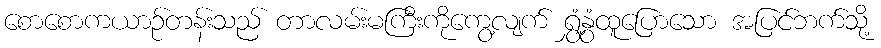
စောစောကယာဉ်တန်းသည် တာလမ်းမကြီးကိုကွေ့လျက် ရွှံ့နွံထူပြောသော အပြင်ဘက်သို့